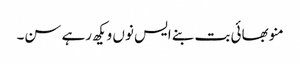
منو بھائی بت بنے ایس نوں ویکھ رہے سن۔